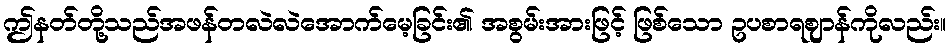
ဤနတ်တို့သည်အဖန်တလဲလဲအောက်မေ့ခြင်း၏ အစွမ်းအားဖြင့် ဖြစ်သော ဥပစာရဈာန်ကိုလည်း။